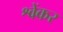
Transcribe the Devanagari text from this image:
श्वेंकर